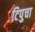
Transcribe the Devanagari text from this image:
टिपुचा